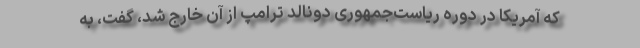
که آمریکا در دوره ریاست‌جمهوری دونالد ترامپ از آن خارج شد، گفت، به